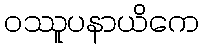
ဝဿူပနာယိကေ